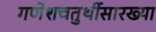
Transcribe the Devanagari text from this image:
गणेशचतुर्थीसारख्या